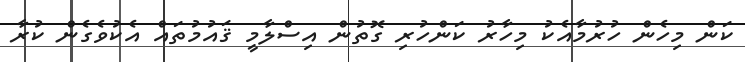
ކަން މިހެން ހުރުމާއެކު މިހާރު ކަންހުރި ގޮތުން އިސްލާމީ ޤައުމުތައް އެކުވެގެން ކުރާ